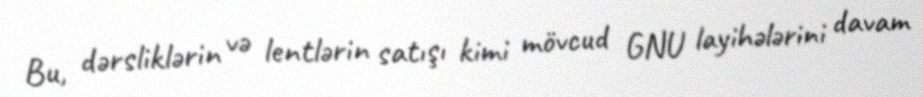
Bu, dərsliklərin və lentlərin satışı kimi mövcud GNU layihələrini davam